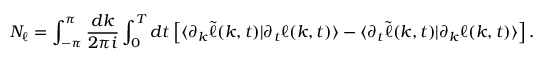
N _ { \ell } = \int _ { - \pi } ^ { \pi } \frac { d k } { 2 \pi i } \int _ { 0 } ^ { T } d t \left[ \langle \partial _ { k } \widetilde { \ell } ( k , t ) | \partial _ { t } \ell ( k , t ) \rangle - \langle \partial _ { t } \widetilde { \ell } ( k , t ) | \partial _ { k } \ell ( k , t ) \rangle \right] .